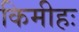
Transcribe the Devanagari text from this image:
किमीहः